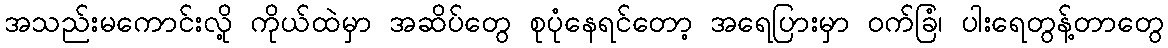
အသည်းမကောင်းလို့ ကိုယ်ထဲမှာ အဆိပ်တွေ စုပုံနေရင်တော့ အရေပြားမှာ ဝက်ခြံ၊ ပါးရေတွန့်တာတွေ